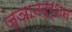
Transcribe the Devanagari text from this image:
ज्ञानदर्शन